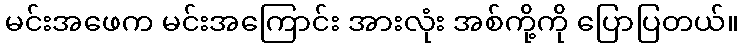
မင်းအဖေက မင်းအကြောင်း အားလုံး အစ်ကို့ကို ပြောပြတယ်။